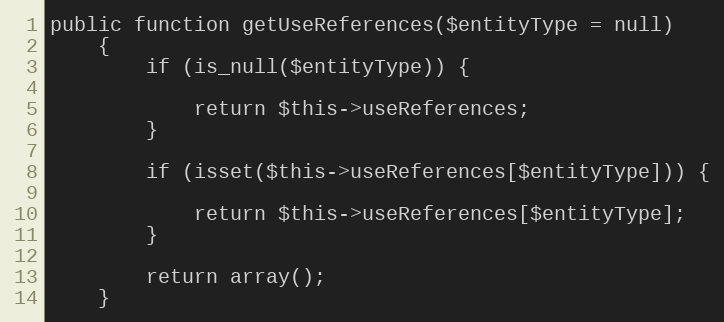
Language: PHP
public function getUseReferences($entityType = null)
    {
        if (is_null($entityType)) {

            return $this->useReferences;
        }

        if (isset($this->useReferences[$entityType])) {

            return $this->useReferences[$entityType];
        }

        return array();
    }